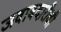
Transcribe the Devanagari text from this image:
जवाबदारीची